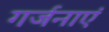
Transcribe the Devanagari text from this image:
गर्जनाएं